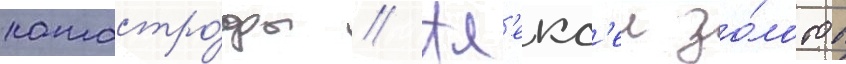
катастро́фы // Ал'екс'еи зо́лотов